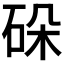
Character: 𬒋